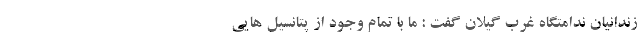
زندانیان ندامتگاه غرب گیلان گفت : ما با تمام وجود از پتانسیل هایی